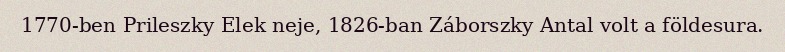
1770-ben Prileszky Elek neje, 1826-ban Záborszky Antal volt a földesura.